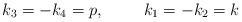
\begin{align*}k_3=-k_4=p,\hspace{1.0cm} k_1=-k_2=k\end{align*}